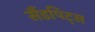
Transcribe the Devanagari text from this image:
सैंडपिट्स